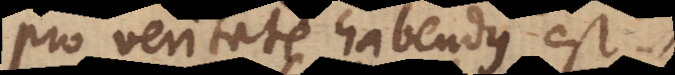
pro veritate habendus est